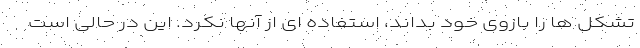
تشکل ها را بازوی خود بداند، استفاده ای از آنها نکرد. این در حالی است